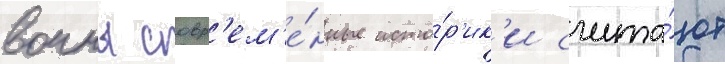
воины совр'ем'е́нные исто́р'ик'и счита́ют